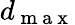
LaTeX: d_{\mathrm{~m~a~x~}}